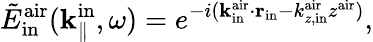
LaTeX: \tilde{E}_{\mathrm{in}}^{\mathrm{air}}({\mathbf k}_{\parallel}^{\mathrm{in}},\omega)=e^{-i({\mathbf k}_{\mathrm{in}}^{\mathrm{air}}\cdot{\mathbf r}_{\mathrm{in}}-k_{z,\mathrm{in}}^{\mathrm{air}}z^{\mathrm{air}})},